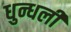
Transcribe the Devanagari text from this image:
धुन्धली